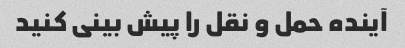
آینده حمل و نقل را پیش بینی کنید